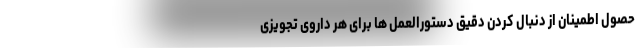
حصول اطمینان از دنبال کردن دقیق دستورالعمل ها برای هر داروی تجویزی